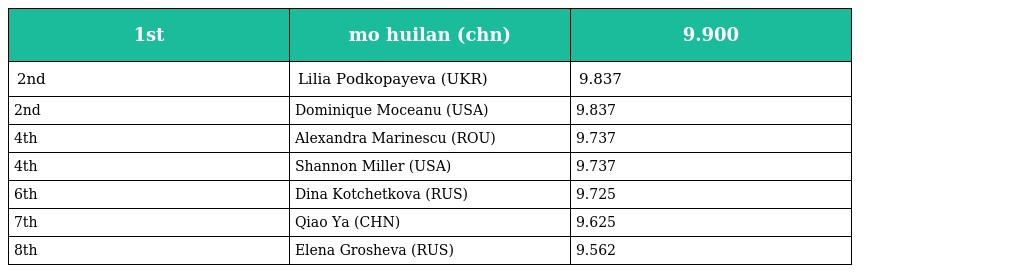
| 1st | mo huilan (chn) | 9.900 |
 | --- | --- | --- |
 | 2nd | Lilia Podkopayeva (UKR) | 9.837 |
 | 2nd | Dominique Moceanu (USA) | 9.837 |
 | 4th | Alexandra Marinescu (ROU) | 9.737 |
 | 4th | Shannon Miller (USA) | 9.737 |
 | 6th | Dina Kotchetkova (RUS) | 9.725 |
 | 7th | Qiao Ya (CHN) | 9.625 |
 | 8th | Elena Grosheva (RUS) | 9.562 |